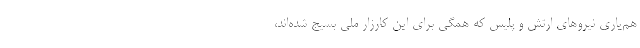
هم‌یاری نیروهای ارتش و پلیس که همگی برای این کارزار ملی بسیج شده‌اند،